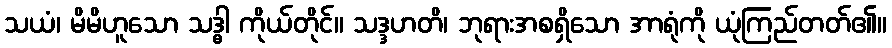
သယံ၊ မိမိဟူသော သဒ္ဓါ ကိုယ်တိုင်။ သဒ္ဒဟတိ၊ ဘုရားအစရှိသော အာရုံကို ယုံကြည်တတ်၏။